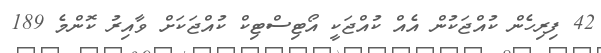
42 ފިރިހެން ކުއްޖަކުން އެއް ކުއްޖަކީ އޯޓިސްޓިކް ކުއްޖަކަށް ވާއިރު ކޮންމެ 189